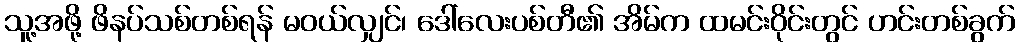
သူ့အဖို့ ဖိနပ်သစ်တစ်ရန် မဝယ်လျှင်၊ ဒေါ်လေးပစ်တီ၏ အိမ်က ထမင်းဝိုင်းတွင် ဟင်းတစ်ခွက်